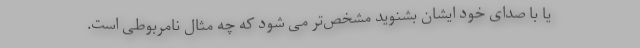
یا با صدای خود ایشان بشنوید مشخص‌تر می شود که چه مثال نامربوطی است.